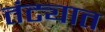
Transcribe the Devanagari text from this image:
तंट्यात